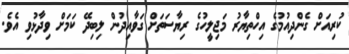
ކުރިއަށް ގެންދިއުމުގެ އިހްތިޔާރު މަޖިލީހުގެ ރިޔާސަތަށް ގަވާއިދުން ލިބިދޭ ކަމަށް ވިދާޅުވި އެވެ.